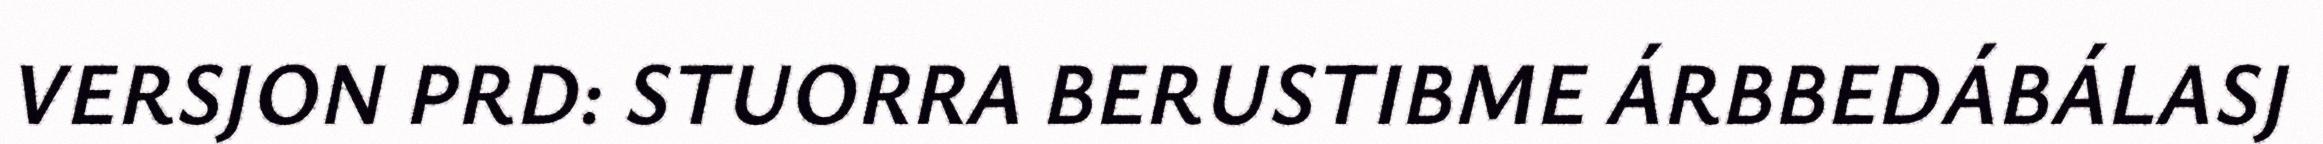
VERSJON PRD: STUORRA BERUSTIBME ÁRBBEDÁBÁLASJ